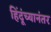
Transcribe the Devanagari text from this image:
हिंदूंच्यानंतर